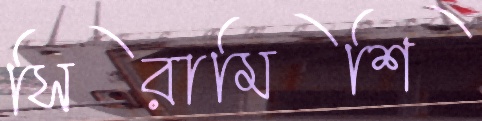
সিরামিশি